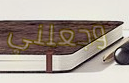
وجعلني